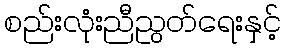
စည်းလုံးညီညွတ်ရေးနှင့်